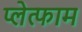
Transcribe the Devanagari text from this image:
प्लेत्फाम